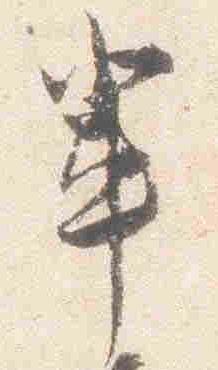
輩